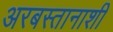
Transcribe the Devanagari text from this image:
अरबस्तानाशी